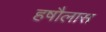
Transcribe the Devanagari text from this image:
हषौलास